255_413270_UFO's_and_Defense_What_Should_we_Prepare_For
Agency: NASA
Page 33
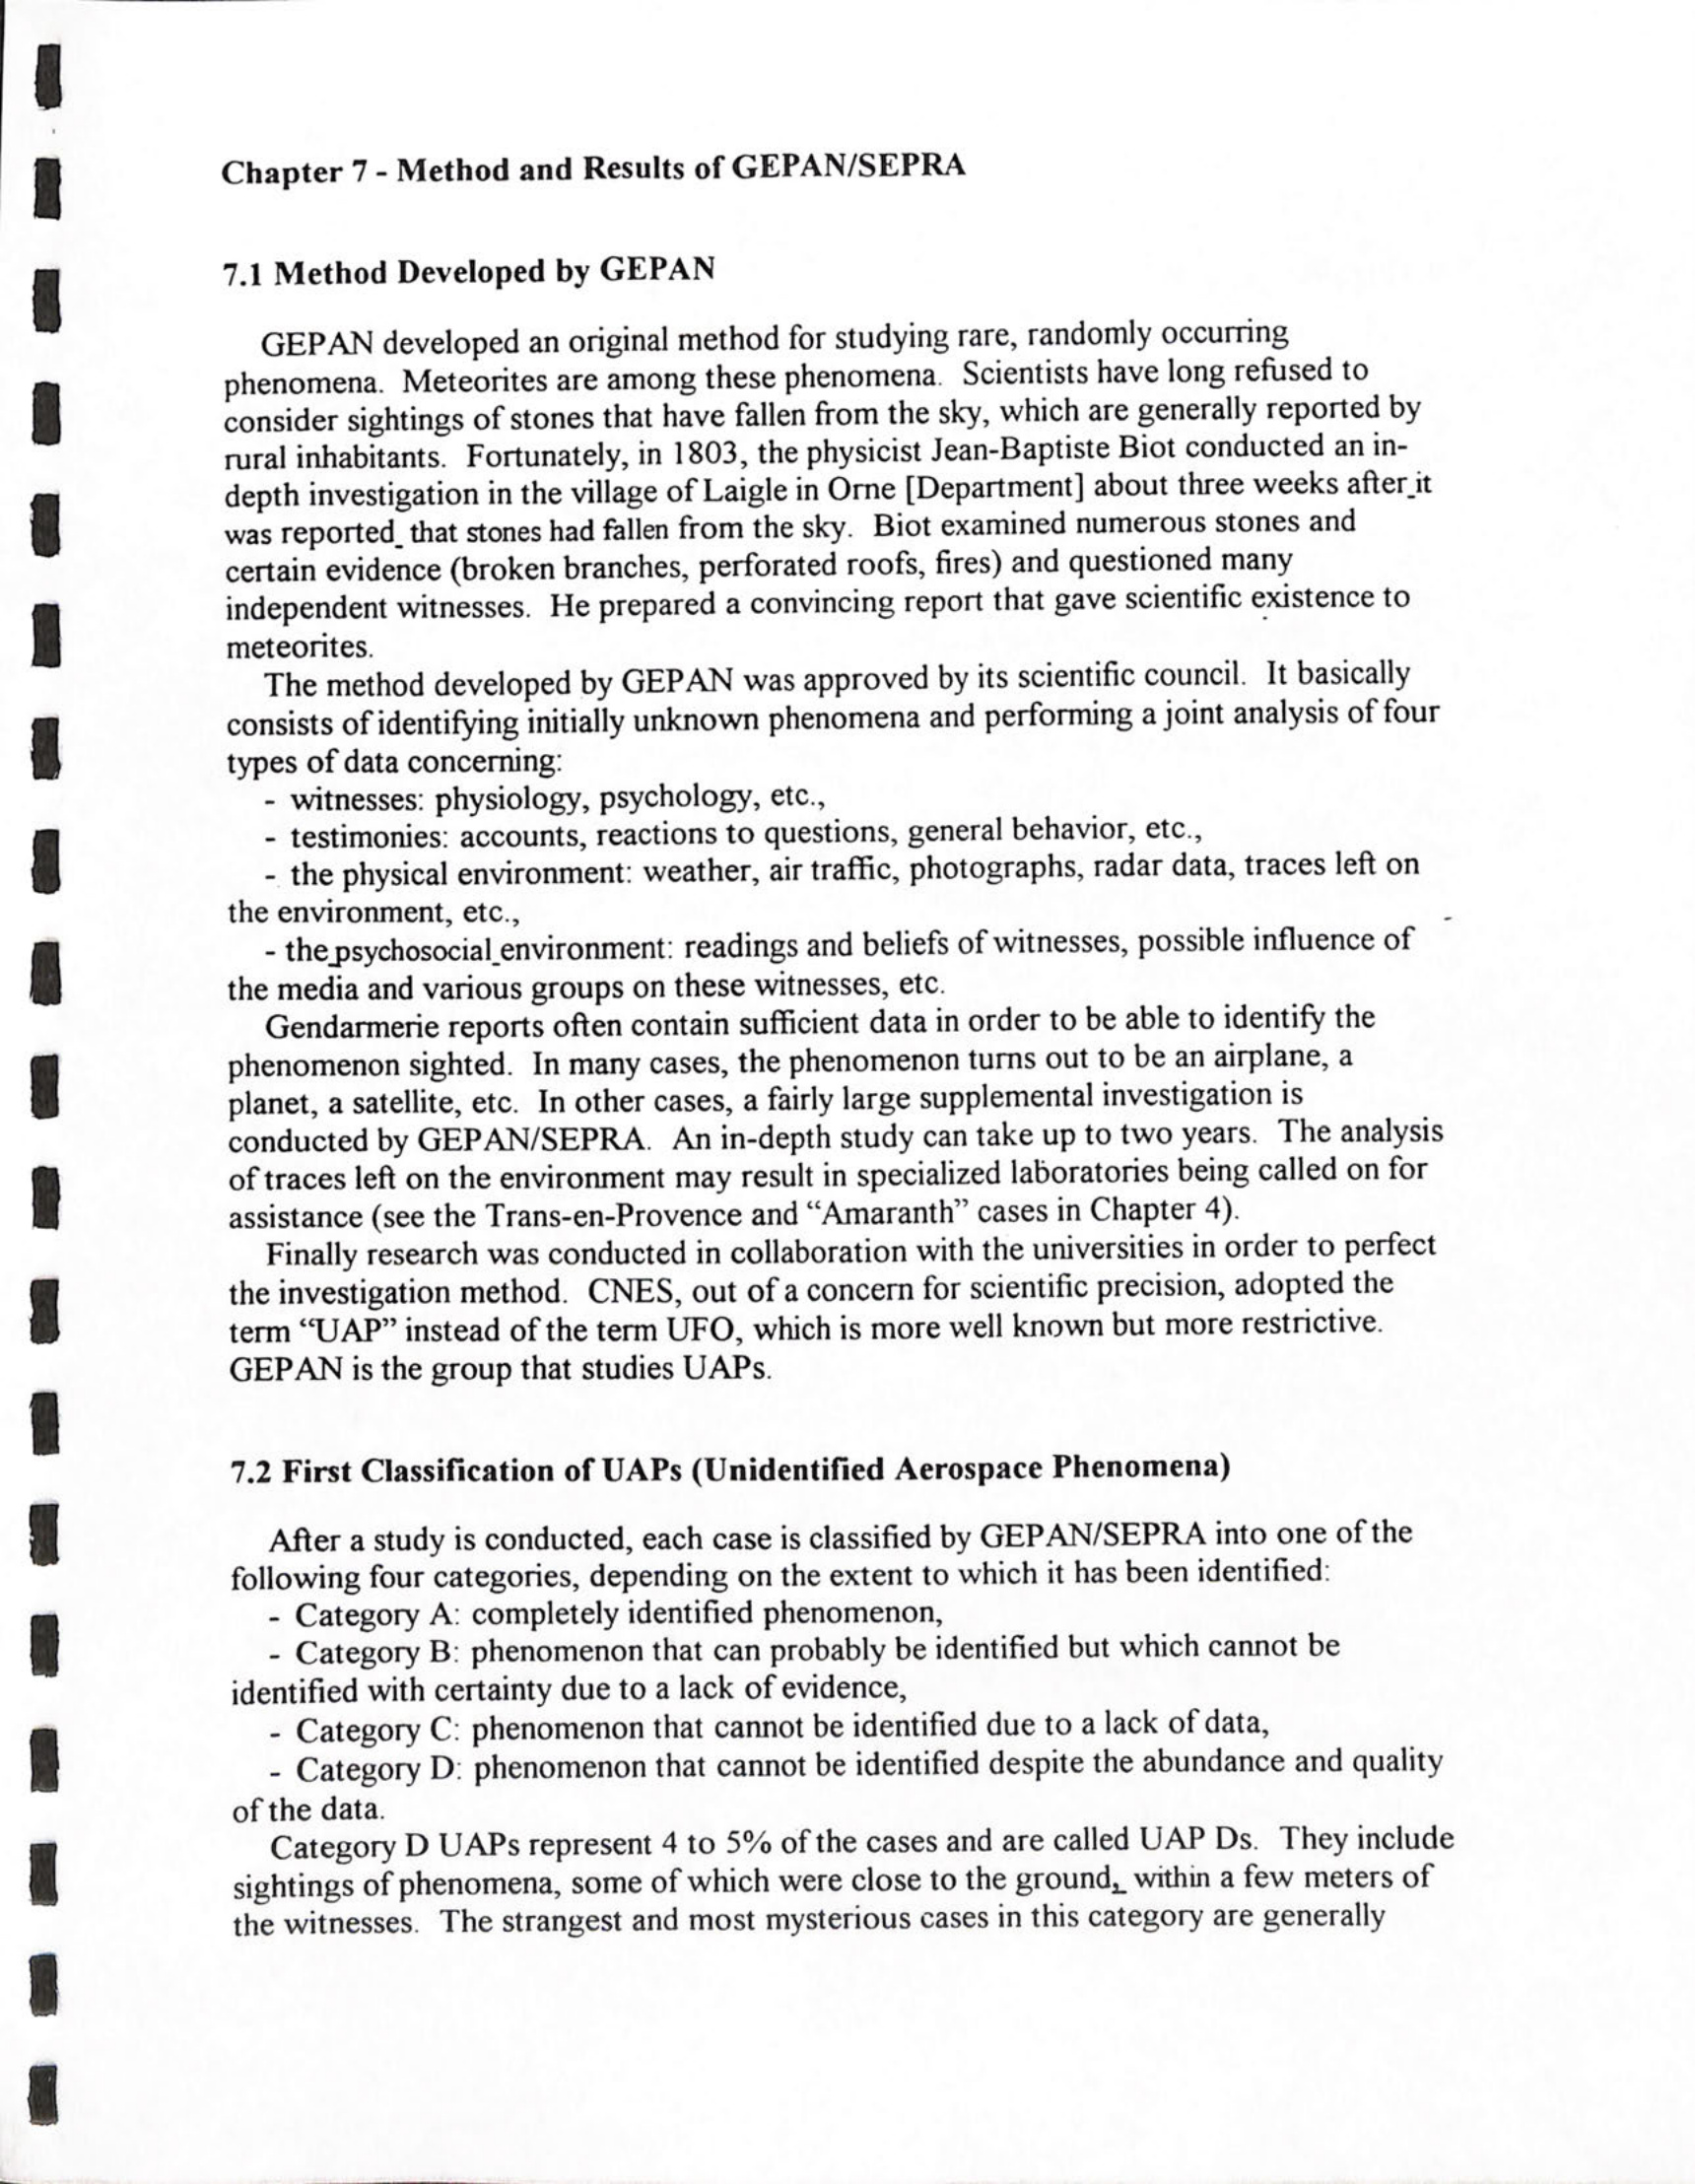